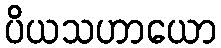
ပိယသဟာယော